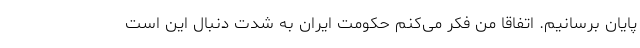
پایان برسانیم. اتفاقا من فکر می‌کنم حکومت ایران به شدت دنبال این است